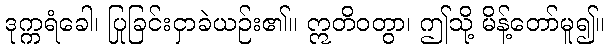
ဒုက္ကရံခေါ၊ ပြုခြင်းငှာခဲယဉ်း၏။ ဣတိဝတွာ၊ ဤသို့ မိန့်တော်မူ၍။